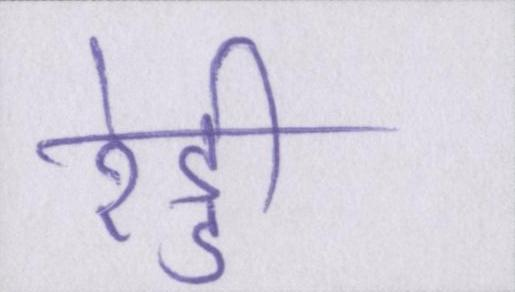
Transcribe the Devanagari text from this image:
रेड्डी